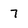
Character: 7